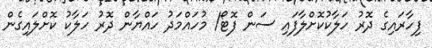
ފިހާރައިގެ ދޮރު ހަލާކުކޮށްލާފައި ސަން ފޮޓޯ/ މުހައްމަދު ހައްޔާން ދޮރު ހަލާކު ކޮށްލައިގެން